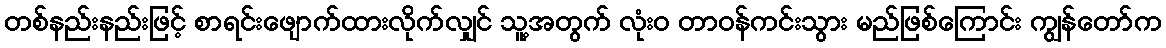
တစ်နည်းနည်းဖြင့် စာရင်းဖျောက်ထားလိုက်လျှင် သူ့အတွက် လုံးဝ တာဝန်ကင်းသွား မည်ဖြစ်ကြောင်း ကျွန်တော်က